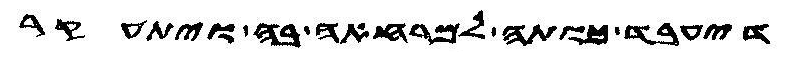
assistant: דיעבד כותה למרחאה בה ויתעקר